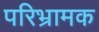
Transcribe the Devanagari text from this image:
परिभ्रामक